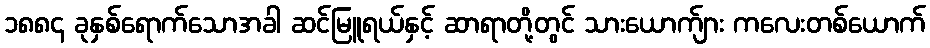
၁၈၈၄ ခုနှစ်ရောက်သောအခါ ဆင်မြူရယ်နှင့် ဆာရာတို့တွင် သားယောက်ျား ကလေးတစ်ယောက်